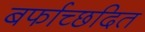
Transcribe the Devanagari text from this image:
बर्फाच्छदित